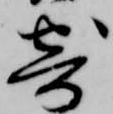
寄